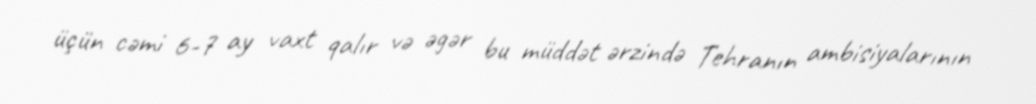
üçün cəmi 6-7 ay vaxt qalır və əgər bu müddət ərzində Tehranın ambisiyalarının